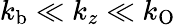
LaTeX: k_{\mathrm{b}}\ll k_{z}\ll k_{\mathrm{O}}